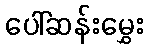
ပေါ်ဆန်းမွှေး